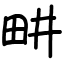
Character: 畊